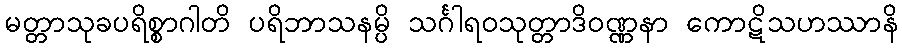
မတ္တာသုခပရိစ္စာဂါတိ ပရိဘာသနမ္ပိ သင်္ဂါရဝသုတ္တာဒိဝဏ္ဏနာ ကောဋိသဟဿာနိ